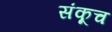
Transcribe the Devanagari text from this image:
संकूच